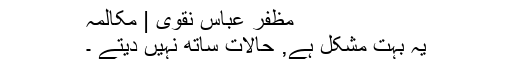
مظفر عباس نقوی | مکالمہ
یہ بہت مشکل ہے, حالات ساتھ نہیں دیتے ۔